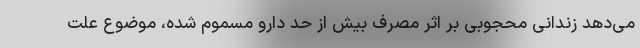
می‌دهد زندانی محجوبی بر اثر مصرف بیش از حد دارو مسموم شده، موضوع علت